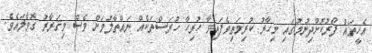
އެހީތައް ފޯރުކޮށްދިނުމުގައި މިހާރު ކުރިމަތިވެފައިވާ ހުރިހާ ހުރަސްތަކެއް ނައްތާލުމަށް ވެސް މިޤަރާރު ގޮވާލައެވެ.